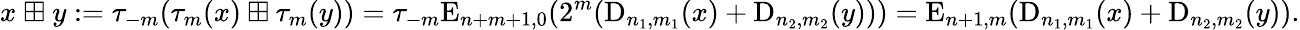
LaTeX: x\ {\boxplus}\ y:=\tau_{-m}(\tau_{m}(x)\boxplus\tau_{m}(y))=\tau_{-m}\mathrm{E}_{n+m+1,0}(2^{m}(\mathrm{D}_{n_{1},m_{1}}(x)+\mathrm{D}_{n_{2},m_{2}}(y)))=\mathrm{E}_{n+1,m}(\mathrm{D}_{n_{1},m_{1}}(x)+\mathrm{D}_{n_{2},m_{2}}(y)).